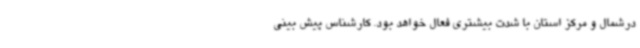
درشمال و مرکز استان با شدت بیشتری فعال خواهد بود. کارشناس پیش بینی